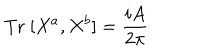
LaTeX: \mathrm { T r } \; [ X ^ { a } , X ^ { b } ] = \frac { i A } { 2 \pi }